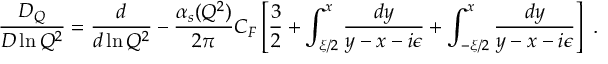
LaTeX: { \frac { D _ { Q } } { D \ln Q ^ { 2 } } } = { \frac { d } { d \ln Q ^ { 2 } } } - { \frac { \alpha _ { s } ( Q ^ { 2 } ) } { 2 \pi } } C _ { F } \left[ { \frac { 3 } { 2 } } + \int _ { \xi / 2 } ^ { x } { \frac { d y } { y - x - i \epsilon } } + \int _ { - \xi / 2 } ^ { x } { \frac { d y } { y - x - i \epsilon } } \right] \ .